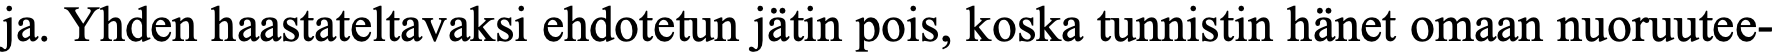
ja. Yhden haastateltavaksi ehdotetun jätin pois, koska tunnistin hänet omaan nuoruutee-